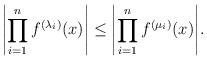
LaTeX: \begin{align*}\Biggl|\prod_{i=1}^nf^{(\lambda_i)}(x)\Biggr|\le \Biggl|\prod_{i=1}^nf^{(\mu_i)}(x)\Biggr|.\end{align*}